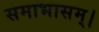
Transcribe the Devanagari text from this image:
समाभासम्।